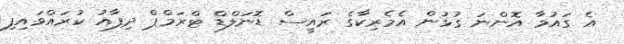
އެ ގައުމާ އޮންނަ ގުޅުން އެމެރިކާގެ ރައީސް ޑޮނަލްޑް ޓްރަމްޕް ދިފާއު ކުރައްވައިފި